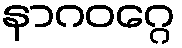
နာဂဝဂ္ဂေ